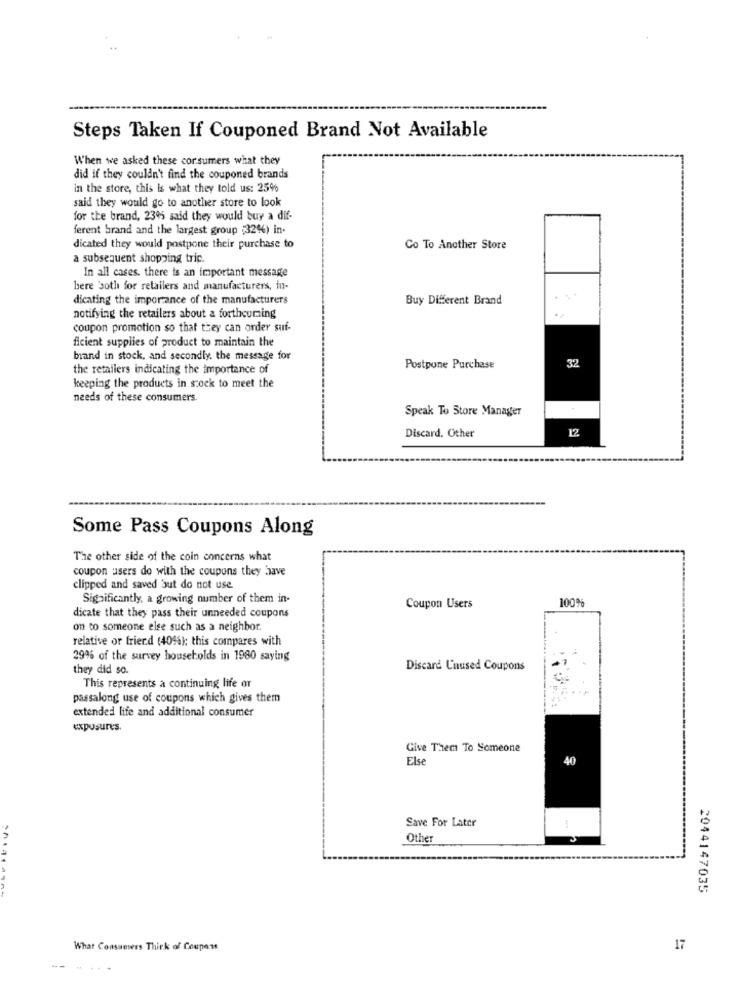
Steps Taken If Couponed Brand Not Available
When we asked these cor.sumers what they
did if they couldn't find the couponed brands
in the store, this is what they told us: 25%
said they would go to another store to look
for the brand, 230% said they would buy a dif-
ferent brand and the largest group (32%) in.
dicated they would postpone their purchase to
Co To Another Store
a subsequent shopping trip.
In all cases. there is an important message
here 'soth for retailers and manufacturers, in-
dicating the importance of the manufacturers
Buy Different Brand
notifying the retailers about a forthcoming
coupon promotion so that they can order suf-
ficient supplies of product to maintain the
band in stock, and secondly, the message for
32
the retailers indicating the importance of
Postpone Purchase
keeping the products in stock to meet the
needs of these consumers.
Speak To Store Manager
12
Discard, Other
Some Pass Coupons Along
The other side of the coin concerns what
coupon users do with the coupons they have
clipped and saved but do not use
Significantly, a growing number of them in-
100%
Coupon Users
dicate that they pass their unneeded coupons
on to someone else such as a neighbor.
relative or friend (4044); this compares with
294% of the survey households in 1980 saying
they did so.
Discard Unused Coupons
This represents a continuing life or
passalong use of coupons which gives them
extended life and additional consumer
exposures.
Give Them To Someone
Else
40
Save For Later
Othe
2044147035
What Consumers Thick of Coupent
17
.....